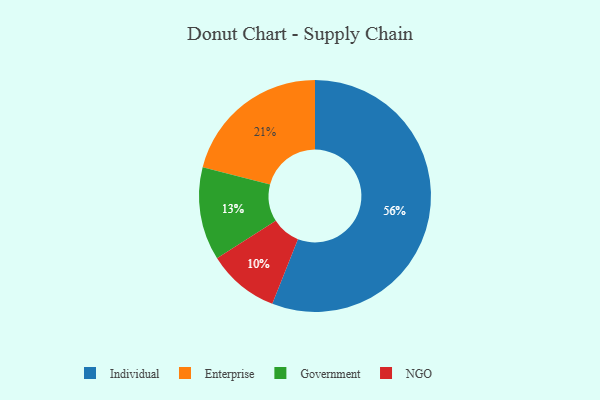
{"axis": {"x": "Category", "y": "Percentage"}, "legend": ["Enterprise", "Government", "Individual", "NGO"], "data": [{"x": "Individual", "y": 56, "type": "Individual"}, {"x": "Enterprise", "y": 21, "type": "Enterprise"}, {"x": "NGO", "y": 10, "type": "NGO"}, {"x": "Government", "y": 13, "type": "Government"}]}